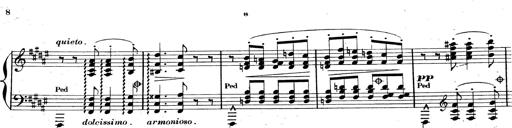
Title: AnnÃ©es de pÃ¨lerinage II, SupplÃ©ment
Composer: Franz Liszt